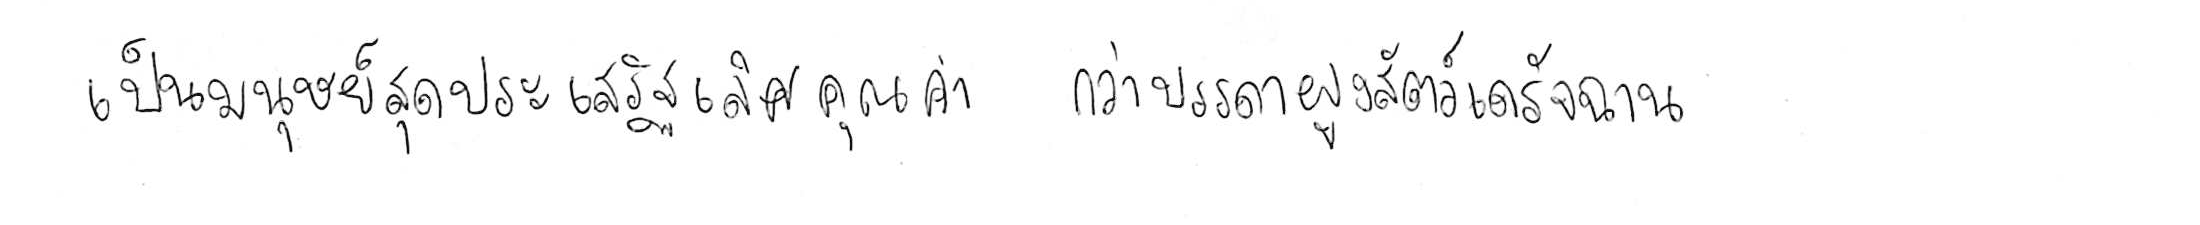
เป็นมนุษย์สุดประเสริฐเลิศคุณค่า กว่าบรรดาฝูงสัตว์เดรัจฉาน